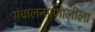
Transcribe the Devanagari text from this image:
संचालनप्रणालीला